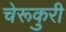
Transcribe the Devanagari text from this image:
चेरूकुरी